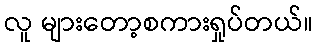
လူ များတော့စကားရှုပ်တယ်။